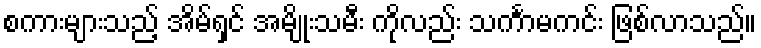
စကားများသည့် အိမ်ရှင် အမျိုးသမီး ကိုလည်း သင်္ကာမကင်း ဖြစ်လာသည်။